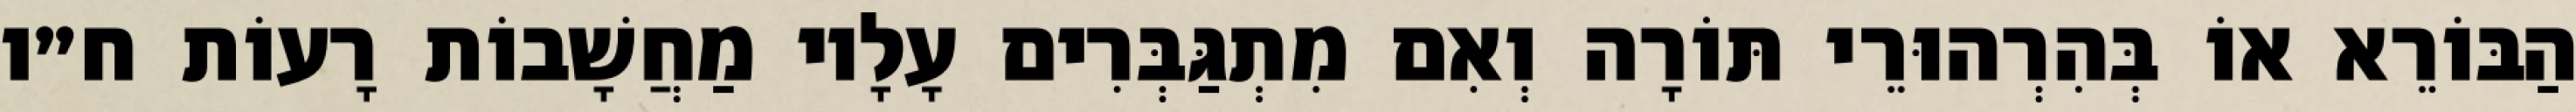
הַבּוֹרֵא אוֹ בְּהִרְהוּרֵי תּוֹרָה וְאִם מִתְגַּבְּרִים עָלָיו מַחֲשָׁבוֹת רָעוֹת ח״ו